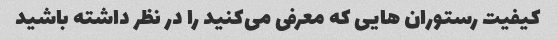
کیفیت رستوران هایی که معرفی می‌کنید را در نظر داشته باشید